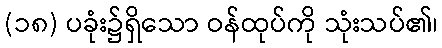
(၁၈) ပခုံး၌ရှိသော ဝန်ထုပ်ကို သုံးသပ်၏၊